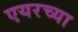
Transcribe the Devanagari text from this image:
एयरच्या